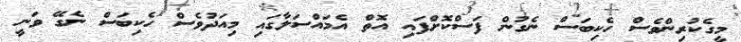
މީގެކުރިންވެސް ހެކިބަސް ނެގުން ފަސްކޮށްފައި އޮތް އެމައްސަލާގައި މިއަދުވެސް ހެކިބަސް ނެގޭ ވަނީ